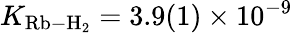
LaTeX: K_{\mathrm{Rb-H}_{2}}=3.9(1)\times 10^{-9}